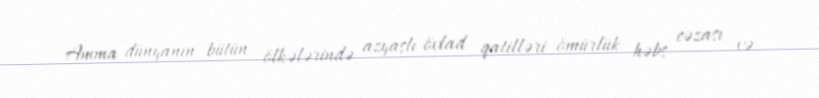
Amma dünyanın bütün ölkələrində azyaşlı övlad qatilləri ömürlük həbs cəzası və